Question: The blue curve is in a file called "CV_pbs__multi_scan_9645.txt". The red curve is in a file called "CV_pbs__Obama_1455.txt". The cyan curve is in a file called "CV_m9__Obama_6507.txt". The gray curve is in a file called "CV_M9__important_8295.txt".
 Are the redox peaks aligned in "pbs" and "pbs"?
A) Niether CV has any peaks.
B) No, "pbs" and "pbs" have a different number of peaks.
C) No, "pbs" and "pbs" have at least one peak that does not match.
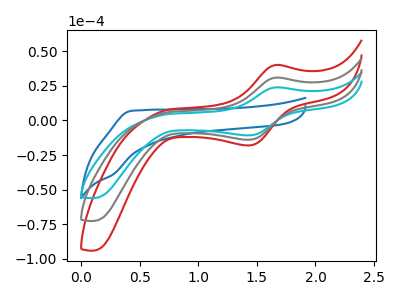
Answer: <think>The blue curve "pbs" has no peaks. The red curve "pbs" has an anodic peak at (1.65V, 61.95uA) and a cathodic peak at (1.45V, -27.95uA). The cyan curve "m9" has an anodic peak at (1.65V, 23.90uA) and a cathodic peak at (1.45V, -10.80uA). The gray curve "M9" has an anodic peak at (1.65V, 30.95uA) and a cathodic peak at (1.45V, -13.95uA).</think>
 <answer>B) No, "pbs" and "pbs" have a different number of peaks.</answer>
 <eval>B</eval>